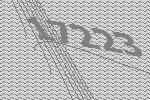
17223